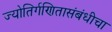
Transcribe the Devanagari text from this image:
ज्योतिर्गणितासंबंधीचा